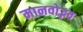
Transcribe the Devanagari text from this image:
मानवोद्भव